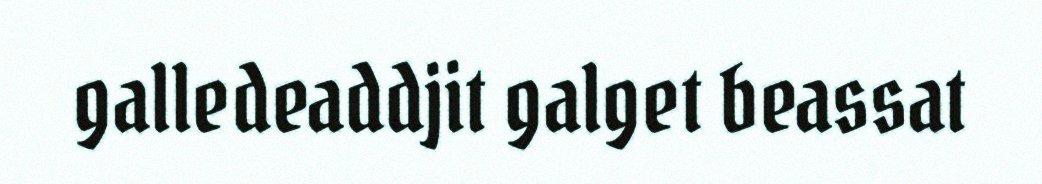
galledeaddjit galget beassat